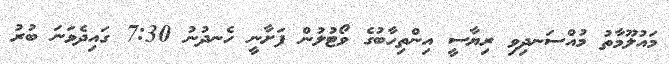
މައުލޫމާތު މުއްސަނދިވި ރިޔާސީ އިންތިހާބުގެ ވޯޓުލުން ފަށާނީ ހެނދުނު 7:30 ގައިދެވަނަ ބުރު